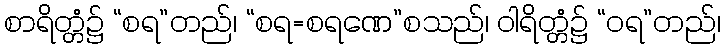
စာရိတ္တံ၌ “စရ”တည်၊ “စရ=စရဏေ”စသည်၊ ဝါရိတ္တံ၌ “ဝရ”တည်၊